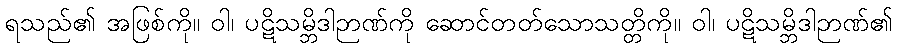
ရသည်၏ အဖြစ်ကို။ ဝါ၊ ပဋိသမ္ဘိဒါဉာဏ်ကို ဆောင်တတ်သောသတ္တိကို။ ဝါ၊ ပဋိသမ္ဘိဒါဉာဏ်၏